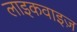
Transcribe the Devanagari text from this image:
लाइकवाइज़